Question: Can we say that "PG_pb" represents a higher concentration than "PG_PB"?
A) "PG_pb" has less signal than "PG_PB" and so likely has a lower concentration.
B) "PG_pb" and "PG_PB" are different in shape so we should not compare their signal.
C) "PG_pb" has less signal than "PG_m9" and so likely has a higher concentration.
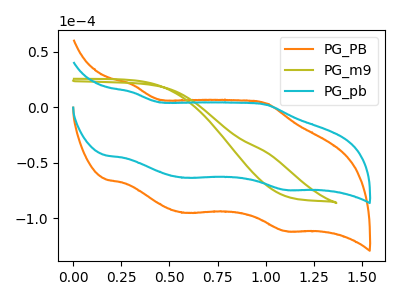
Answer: <think>The orange curve "PG_PB" has anodic peaks at (0.30V, 20.70uA) (1.00V, 3.45uA) and cathodic peaks at (0.60V, -94.90uA) (1.10V, -111.30uA). The olive curve "PG_m9" has no peaks. The cyan curve "PG_pb" has anodic peaks at (0.30V, 13.80uA) (1.00V, 2.30uA) and cathodic peaks at (0.60V, -63.30uA) (1.10V, -74.25uA).
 All the peaks in "PG_pb" have a peak in "PG_PB" at the same potential. Every peak in "PG_pb" is lower than every peak in "PG_PB".</think>
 <answer>A) "PG_pb" has less signal than "PG_PB" and so likely has a lower concentration.</answer>
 <eval>A</eval>